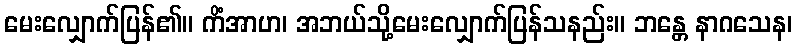
မေးလျှောက်ပြန်၏။ ကိံအာဟ၊ အဘယ်သို့မေးလျှောက်ပြန်သနည်း။ ဘန္တေ နာဂသေန၊